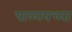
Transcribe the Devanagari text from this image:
पाळायच्या